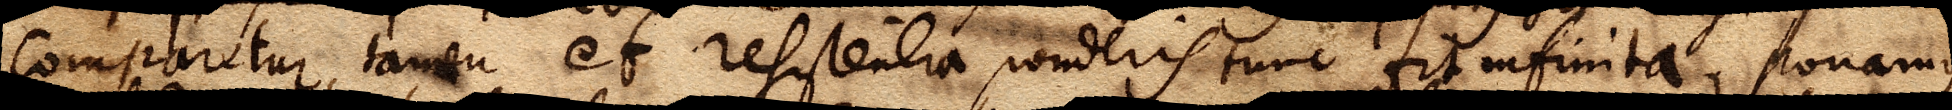
comparetur, tamen et resistentia ponderis tunc fit infinita. ponamus